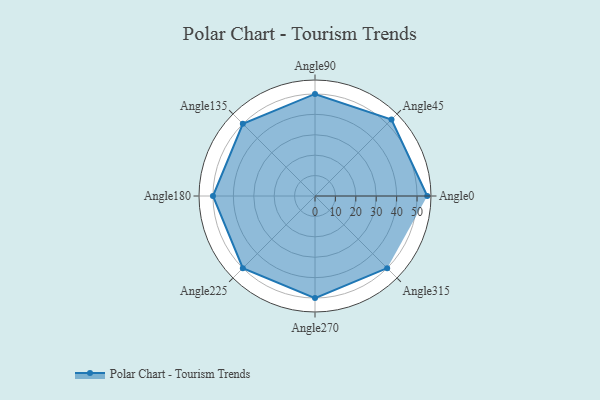
{"axis": {"x": "Angle", "y": "Radius"}, "legend": [""], "data": [{"x": "Angle0", "y": 55.0, "type": ""}, {"x": "Angle45", "y": 53.0, "type": ""}, {"x": "Angle90", "y": 50, "type": ""}, {"x": "Angle135", "y": 50, "type": ""}, {"x": "Angle180", "y": 50, "type": ""}, {"x": "Angle225", "y": 50, "type": ""}, {"x": "Angle270", "y": 50, "type": ""}, {"x": "Angle315", "y": 50, "type": ""}]}